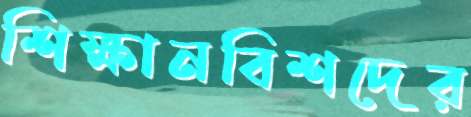
শিক্ষানবিশদের